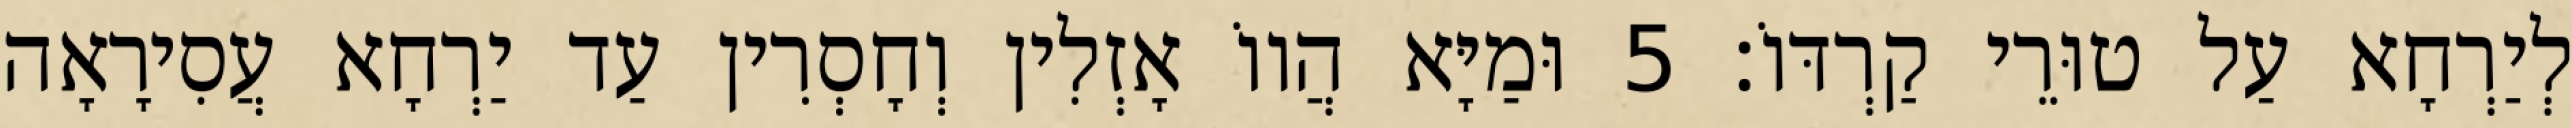
לְיַרְחָא עַל טוּרֵי קַרְדּוֹ׃ 5 וּמַיָּא הֲווֹ אָזְלִין וְחָסְרִין עַד יַרְחָא עֲסִירָאָה